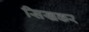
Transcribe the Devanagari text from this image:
सिखकर